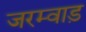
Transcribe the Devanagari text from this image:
जरम्वाड़